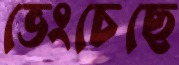
ভেংচেছে